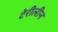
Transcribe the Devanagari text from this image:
टेरीलीन